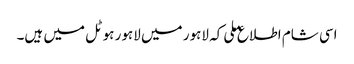
اسی شام اطلاع ملی کہ لاہور میں لاہور ہوٹل میں ہیں۔